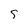
Character: s